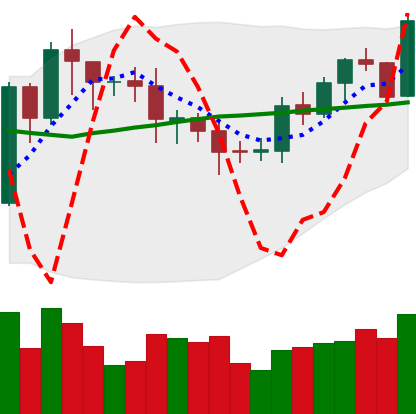
Ticker: EOS-USD
Chart end date: 2020-07-25
Forward return: 11.922%
Label: up_7plus